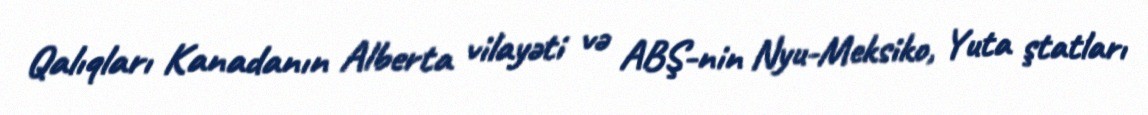
Qalıqları Kanadanın Alberta vilayəti və ABŞ-nin Nyu-Meksiko, Yuta ştatları